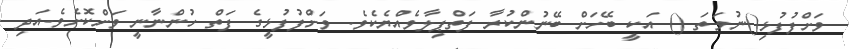
ވަށްފުފުޅި()ނުވަތަ () އަކީ ބޭހަށް ބޭނުންކުރާ ފަތްޕިލާވެއްޔެކެވެ. ވަށްފުފުޅީގެ ފަތް ހުންނާނީ ވަށްކޮށެވެ.އަދި